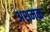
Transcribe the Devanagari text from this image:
अशमक